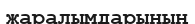
жаралымдарының